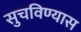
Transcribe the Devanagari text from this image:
सुचविण्यास